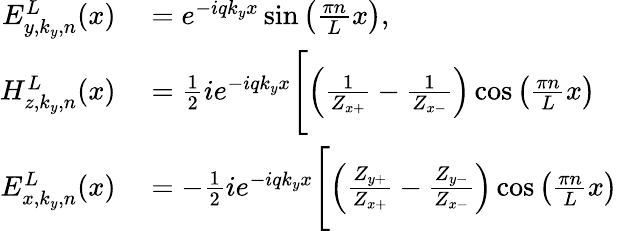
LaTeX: \begin{array}{rl}{E_{y,k_{y},n}^{L}(x)}&{{}=e^{-iqk_{y}x}\sin\left(\frac{\pi n}{L}x\right),}\\ {H_{z,k_{y},n}^{L}(x)}&{{}=\frac{1}{2}ie^{-iqk_{y}x}\Biggl[\left(\frac{1}{Z_{x+}}-\frac{1}{Z_{x-}}\right)\cos\left(\frac{\pi n}{L}x\right)}\\ {E_{x,k_{y},n}^{L}(x)}&{{}=-\frac{1}{2}ie^{-iqk_{y}x}\Biggl[\left(\frac{Z_{y+}}{Z_{x+}}-\frac{Z_{y-}}{Z_{x-}}\right)\cos\left(\frac{\pi n}{L}x\right)}\end{array}